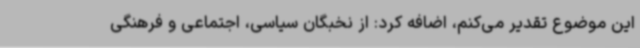
این موضوع تقدیر می‌کنم، اضافه کرد: از نخبگان سیاسی، اجتماعی و فرهنگی